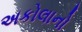
અકોલાનો